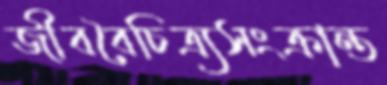
জীববৈচিত্র্যসংক্রান্ত